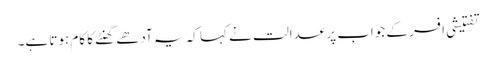
تفتیشی افسر کے جواب پر عدالت نے کہا کہ یہ آدھے گھنٹے کا کام ہوتا ہے۔